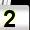
Digit: 2